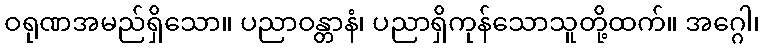
ဝရုဏအမည်ရှိသော။ ပညာဝန္တာနံ၊ ပညာရှိကုန်သောသူတို့ထက်။ အဂ္ဂေါ၊